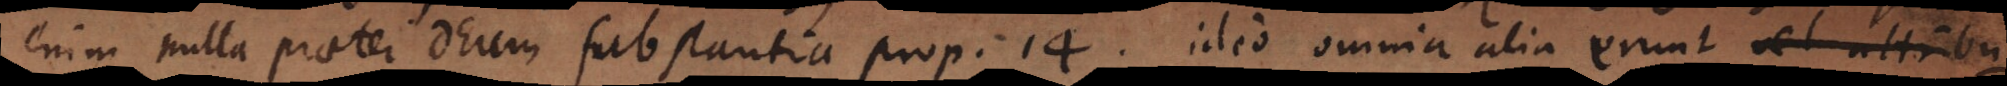
enim nulla praeter Deum substantia prop. 14, ideo omnia alia erunt vel attribu